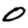
Digit: 0